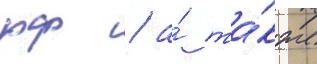
рф / а́ та́кже